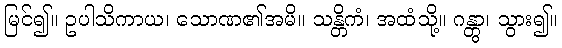
မြင်၍။ ဥပါသိကာယ၊ သောဏ၏အမိ။ သန္တိကံ၊ အထံသို့။ ဂန္တွာ၊ သွား၍။